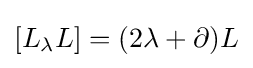
[L_{\lambda }L]=(2\lambda +\partial )L